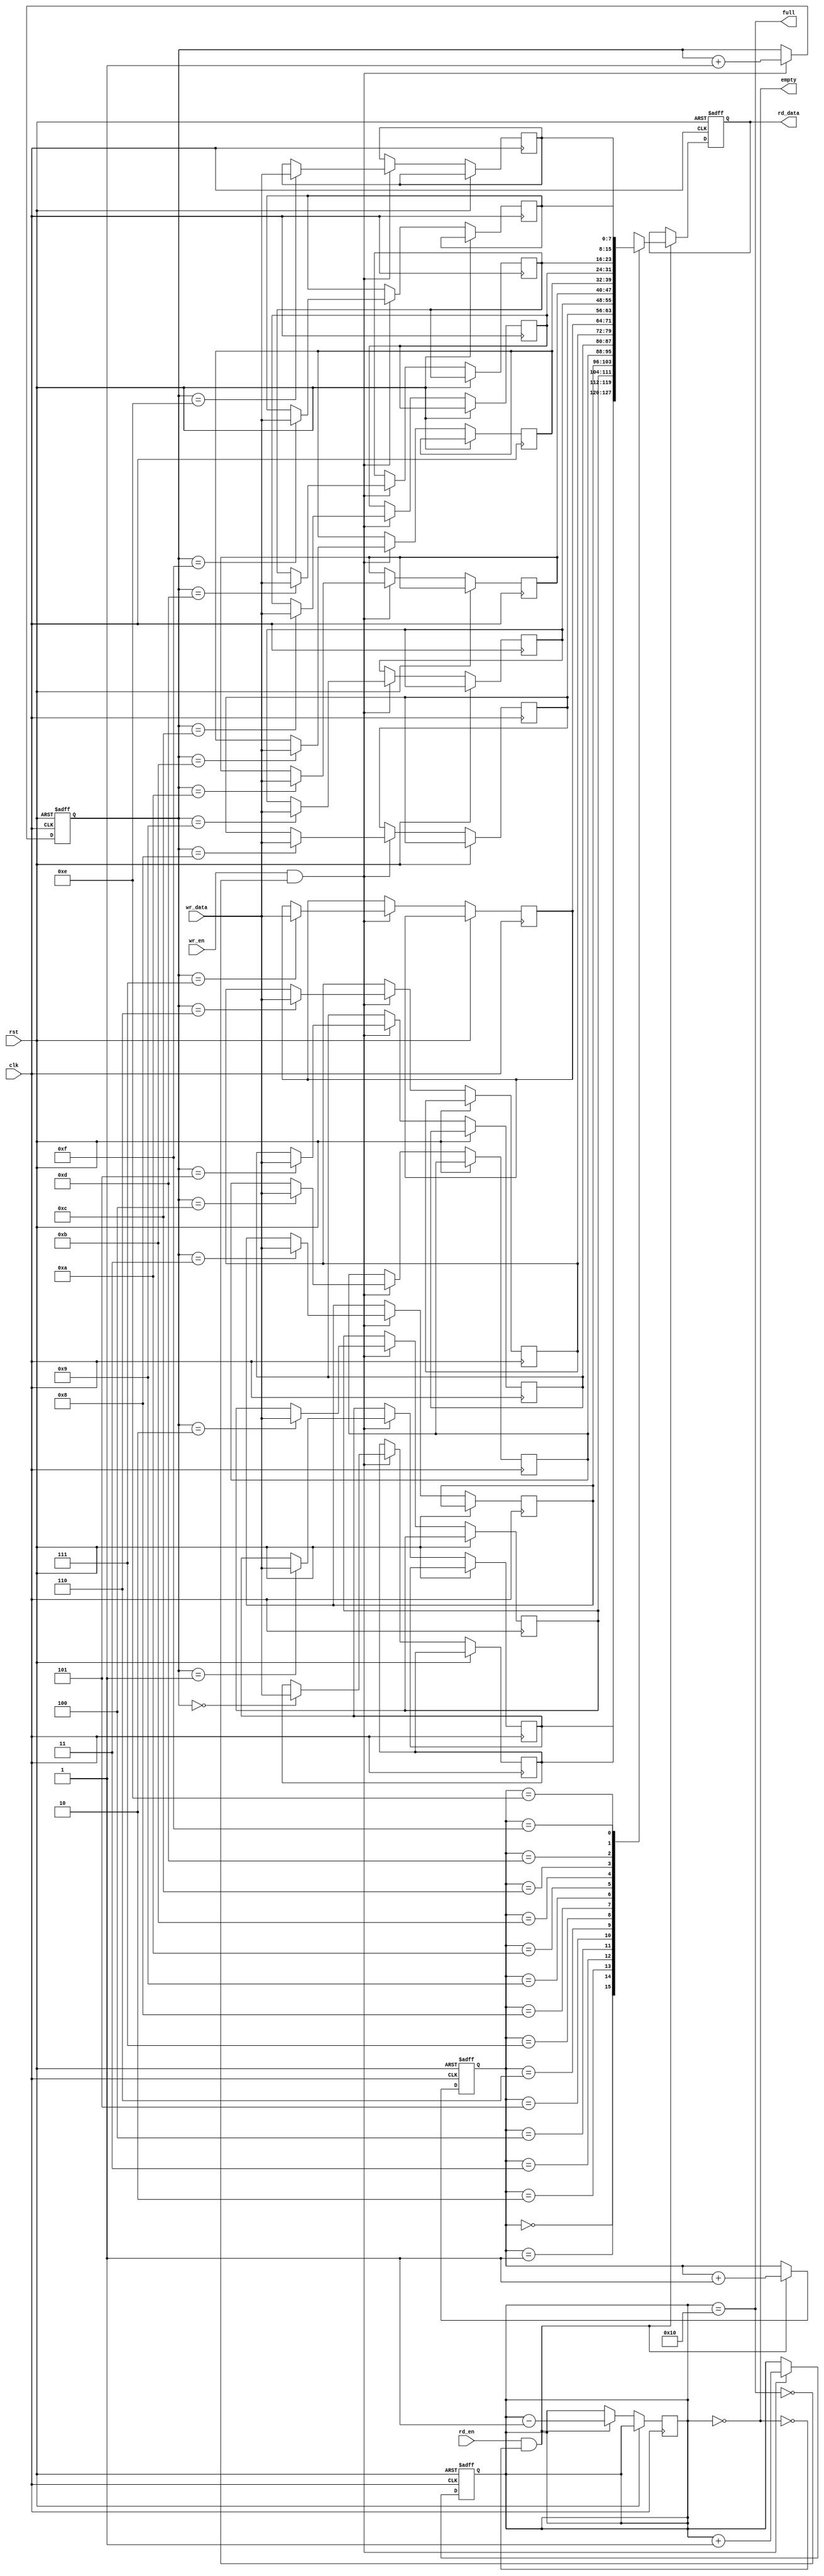
module multiport_fifo #(
    parameter DATA_WIDTH = 8, // Width of each FIFO entry
    parameter FIFO_DEPTH = 16  // Number of entries in the FIFO
)(
    input wire clk,
    input wire rst,
    
    // Write Port
    input wire [DATA_WIDTH-1:0] wr_data,
    input wire wr_en,
    output wire full,
    
    // Read Port
    input wire rd_en,
    output reg [DATA_WIDTH-1:0] rd_data,
    output wire empty
);

// Memory Array
reg [DATA_WIDTH-1:0] fifo_mem [0:FIFO_DEPTH-1];

// Pointers
reg [clog2(FIFO_DEPTH)-1:0] wr_ptr;
reg [clog2(FIFO_DEPTH)-1:0] rd_ptr;
reg [clog2(FIFO_DEPTH):0] count; // To track number of entries

// Full and Empty Flags
assign full = (count == FIFO_DEPTH);
assign empty = (count == 0);

// Write Logic
always @(posedge clk or posedge rst) begin
    if (rst) begin
        wr_ptr <= 0;
        count <= 0;
    end else if (wr_en && !full) begin
        fifo_mem[wr_ptr] <= wr_data;
        wr_ptr <= wr_ptr + 1;
        count <= count + 1;
    end
end

// Read Logic
always @(posedge clk or posedge rst) begin
    if (rst) begin
        rd_ptr <= 0;
        rd_data <= 0;
    end else if (rd_en && !empty) begin
        rd_data <= fifo_mem[rd_ptr];
        rd_ptr <= rd_ptr + 1;
        count <= count - 1;
    end
end

// Function to calculate log2
function integer clog2(input integer depth);
    begin
        depth = depth - 1;
        for (clog2 = 0; depth > 0; clog2 = clog2 + 1)
            depth = depth >> 1;
    end
endfunction

endmodule